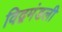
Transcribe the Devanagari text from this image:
विद्वमंडली